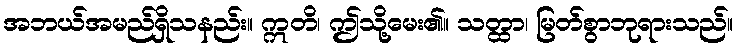
အဘယ်အမည်ရှိသနည်း။ ဣတိ၊ ဤသို့မေး၏။ သတ္ထာ၊ မြတ်စွာဘုရားသည်။